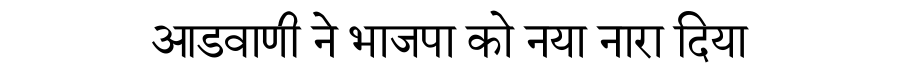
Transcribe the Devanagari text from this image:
आडवाणी ने भाजपा को नया नारा दिया